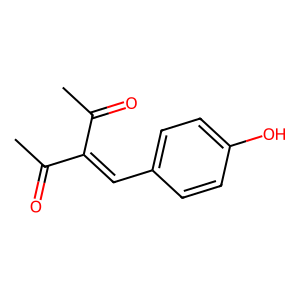
SMILES: CC(=O)C(=Cc1ccc(O)cc1)C(C)=O
Inhibits HIV replication: No